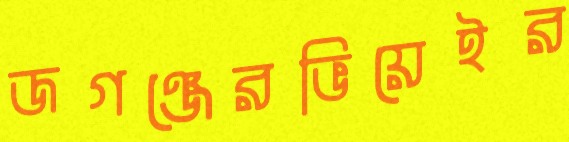
জগঞ্জেরভিয়েইর